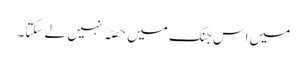
میں اس جنگ میں حصّہ نہیں لے سکتا۔